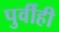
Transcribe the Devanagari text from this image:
पुर्वीही